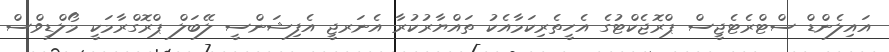
އައިލެންޑް ސްޓްރެޓެޖީސް ޕްރޮޖެކްޓުގެ އެހީތެރިކަމާއެކު ތައްޔާރުކުރާ އެނަރޖީ އެފިޝަންސީ ލޭބަލް ޕްރޮގްރާމަކީ މޯލްޑިވްސް